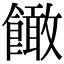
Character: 䭛